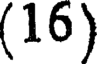
(16)